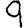
Digit: 9